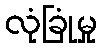
လုံခြုံမှု